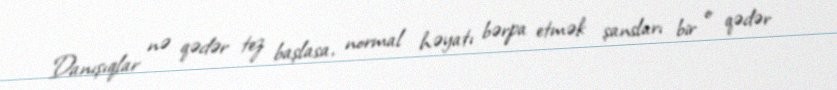
Danışıqlar nə qədər tez başlasa, normal həyatı bərpa etmək şansları bir o qədər